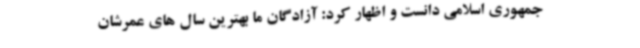
جمهوری اسلامی دانست و اظهار کرد: آزادگان ما بهترین سال های عمرشان